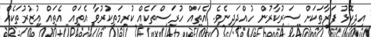
އިދިކޮޅު ފަރާތަކަށް ސަރުކާރުން ހުއްދަދިނެވެ. އެތައް ހުރަސްތަކެއް ކުރިމަތިކުރުވާ އެތައް އެތައް އުޒުރުތަކެއް